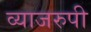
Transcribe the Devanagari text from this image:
व्याजरुपी